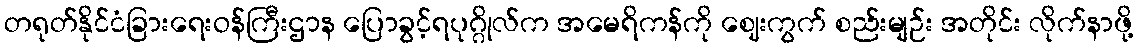
တရုတ်နိုင်ငံခြားရေးဝန်ကြီးဌာန ပြောခွင့်ရပုဂ္ဂိုလ်က အမေရိကန်ကို ဈေးကွက် စည်းမျဉ်း အတိုင်း လိုက်နာဖို့